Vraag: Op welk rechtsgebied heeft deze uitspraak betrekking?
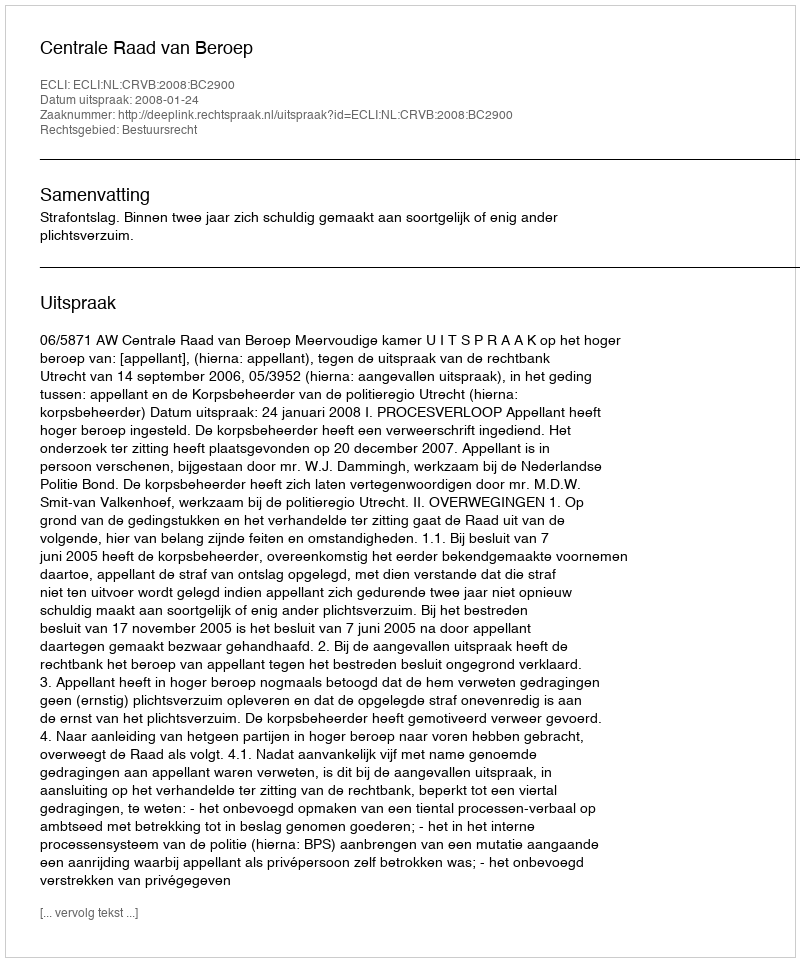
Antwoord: Bestuursrecht